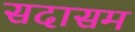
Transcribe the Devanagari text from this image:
सदासम